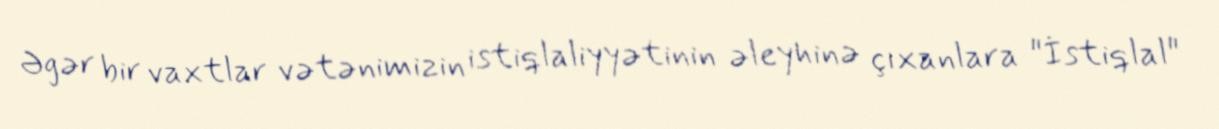
Əgər bir vaxtlar vətənimizin istiqlaliyyətinin əleyhinə çıxanlara "İstiqlal"